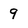
Character: 9